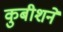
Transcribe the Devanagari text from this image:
कुबीशने